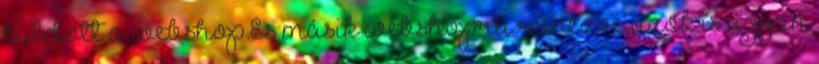
küldött a webshop.És másik webshopra ránézve azok is ugyan